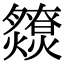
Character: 𤒧